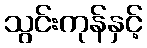
သွင်းကုန်နှင့်